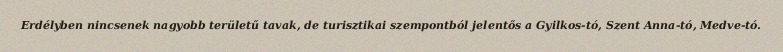
Erdélyben nincsenek nagyobb területű tavak, de turisztikai szempontból jelentős a Gyilkos-tó, Szent Anna-tó, Medve-tó.